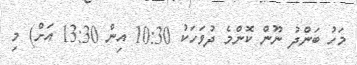
މަހު ބަންދު ނޫން ކޮންމެ ދުވަހަކު 10:30 އިން 13:30 އަށް) މި